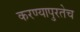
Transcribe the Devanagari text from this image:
करण्यापुरतेच